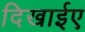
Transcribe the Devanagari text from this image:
दिखाईए